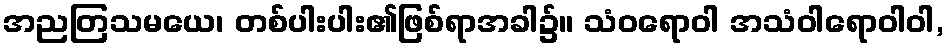
အညတြသမယေ၊ တစ်ပါးပါး၏ဖြစ်ရာအခါ၌။ သံဝရောဝါ အသံဝါရောဝါဝါ,